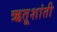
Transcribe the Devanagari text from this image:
ऋतूशांती